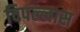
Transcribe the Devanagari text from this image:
विपल्लास